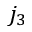
j _ { 3 }